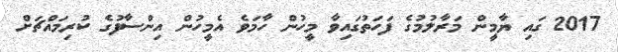
2017 ގައި ޔާމީން މަރާލުމުގެ ފަހަތުގައިވާ މީހުން ހާމަވެ އެމީހުން އިންސާފުގެ ކުރިމައްޗަށް